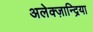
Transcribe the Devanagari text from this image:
अलेक्ज़ान्द्रिया